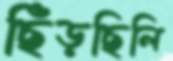
ছিঁড়ছিলি